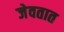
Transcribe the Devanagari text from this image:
जेवतात